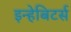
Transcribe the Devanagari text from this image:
इन्हेबिटर्स